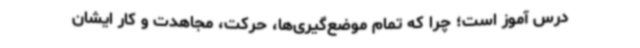
درس آموز است؛ چرا که تمام موضع‌گیری‌ها، حرکت، مجاهدت و کار ایشان